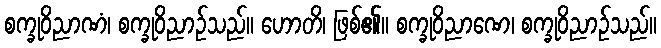
စက္ခုဝိညာဏံ၊ စက္ခုဝိညာဉ်သည်။ ဟောတိ၊ ဖြစ်၏။ စက္ခုဝိညာဏေ၊ စက္ခုဝိညာဉ်သည်။